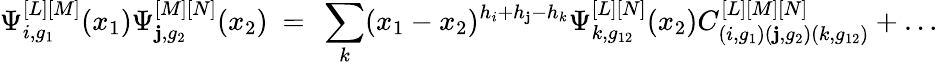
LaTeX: \Psi_{i,g_{1}}^{[L][M]}(x_{1})\Psi_{\mathbf{j},g_{2}}^{[M][N]}(x_{2})\ =\ \sum_{k}(x_{1}-x_{2})^{h_{i}+h_{\mathbf{j}}-h_{k}}\Psi_{k,g_{12}}^{[L][N]}(x_{2})C_{(i,g_{1})(\mathbf{j},g_{2})(k,g_{12})}^{[L][M][N]}+\dots